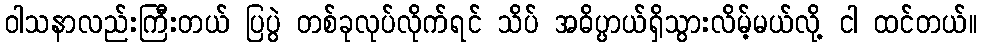
ဝါသနာလည်းကြီးတယ် ပြပွဲ တစ်ခုလုပ်လိုက်ရင် သိပ် အဓိပ္ပာယ်ရှိသွားလိမ့်မယ်လို့ ငါ ထင်တယ်။